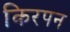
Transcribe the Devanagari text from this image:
किरपन